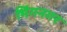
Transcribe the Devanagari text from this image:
भिंगनगर